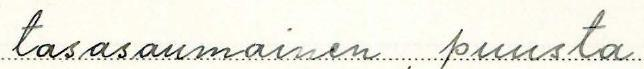
tasasaumainen, puusta